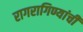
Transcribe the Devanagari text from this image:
रागरागिण्यांची